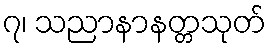
၇၊ သညာနာနတ္တသုတ်